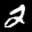
Label: 2